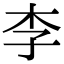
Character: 李